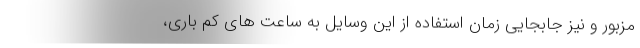
مزبور و نیز جابجایی زمان استفاده از این وسایل به ساعت های کم باری،